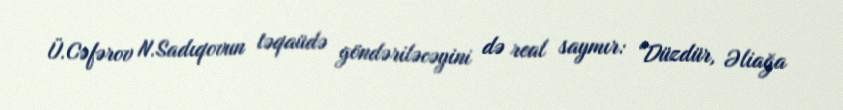
Ü.Cəfərov N.Sadıqovun təqaüdə göndəriləcəyini də real saymır: “Düzdür, Əliağa